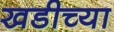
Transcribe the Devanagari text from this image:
खडीच्या